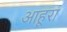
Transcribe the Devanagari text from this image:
आहूरा